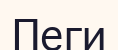
Пеги